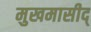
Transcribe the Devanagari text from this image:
मुखमासीद्